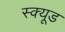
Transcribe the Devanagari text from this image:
स्क्यूड